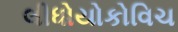
લીધોયોકોવિચ